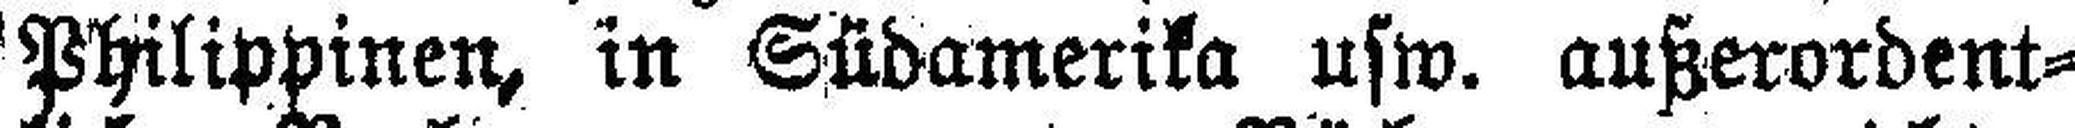
Philippinen, in Südamerika usw. außerordent¬